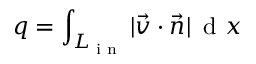
q = \int _ { L _ { \textrm { i n } } } | \vec { v } \cdot \vec { n } | \, { \textrm { d } } x